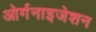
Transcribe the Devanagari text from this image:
ओर्गनाइजेशन